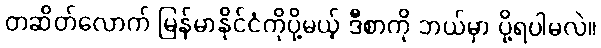
တဆိတ်လောက် မြန်မာနိုင်ငံကိုပို့မယ့် ဒီစာကို ဘယ်မှာ ပို့ရပါမလဲ။